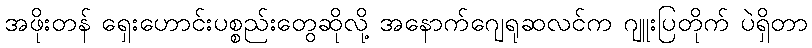
အဖိုးတန် ရှေးဟောင်းပစ္စည်းတွေဆိုလို့ အနောက်ဂျေရုဆလင်က ဂျူးပြတိုက် ပဲရှိတာ